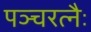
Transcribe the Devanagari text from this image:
पञ्चरत्नैः